Civil Veterinary Dept. Bombay admin report 1893-99 - 1893-1899
Year: 1893
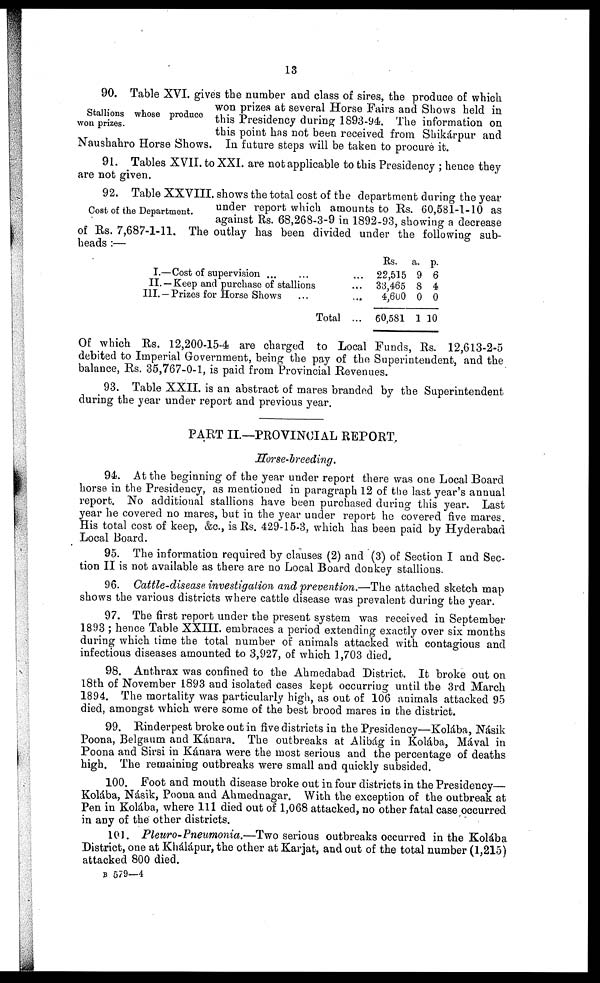
13
Stallions whose produce
won prizes.
90. Table XVI. gives the number and class of sires, the produce of which
won prizes at several Horse Fairs and Shows held in
this Presidency during 1893-94. The information on
this point has not been received from Shikárpur and
Naushahro Horse Shows. In future steps will be taken to procure it.
91. Tables XVII. to XXI. are not applicable to this Presidency; hence they
are not given.
Cost of the Department.
92. Table XXVIII. shows the total cost of the department during the year
under report which amounts to Rs. 60,581-1-10 as
against Rs. 68,268-3-9 in 1892-93, showing a decrease
of Rs. 7,687-1-11. The outlay has been divided under the following sub-
heads :—
I.—Cost of supervision ...
...
...
II. — Keep and purchase of stallions
...
III. — Prizes for Horse Shows
...
...
Total ...
Rs.
22,515
33,465
4,600
60,581
a.
9
8
0
1
p.
6
4
0
10
Of which Rs. 12,200-15-4 are charged to Local Funds, Rs. 12,613-2-5
debited to Imperial Government, being the pay of the Superintendent, and the
balance, Rs. 35,767-0-1, is paid from Provincial Revenues.
93. Table XXII. is an abstract of mares branded by the Superintendent
during the year under report and previous year.
PART II.—PROVINCIAL REPORT.
Horse-breeding.
94. At the beginning of the year under report there was one Local Board
horse in the Presidency, as mentioned in paragraph 12 of the last year's annual
report. No additional stallions have been purchased during this year. Last
year he covered no mares, but in the year under report he covered five mares.
His total cost of keep, &c., is Rs. 429-15-3, which has been paid by Hyderabad
Local Board.
95. The information required by clauses (2) and (3) of Section I and Sec-
tion II is not available as there are no Local Board donkey stallions.
96. Cattle-disease investigation and prevention.—The attached sketch map
shows the various districts where cattle disease was prevalent during the year.
97. The first report under the present system was received in September
1893; hence Table XXIII. embraces a period extending exactly over six months
during which time the total number of animals attacked with contagious and
infectious diseases amounted to 3,927, of which 1,703 died.
98. Anthrax was confined to the Ahmedabad District. It broke out on
18th of November 1893 and isolated cases kept occurring until the 3rd March
1894. The mortality was particularly high, as out of 106 animals attacked 95
died, amongst which were some of the best brood mares in the district.
99. Rinderpest broke out in five districts in the Presidency—Kolába, Násik
Poona, Belgaum and Kánara. The outbreaks at Alibág in Kolába, Mával in
Poona and Sirsi in Kánara were the most serious and the percentage of deaths
high. The remaining outbreaks were small and quickly subsided.
100. Foot and mouth disease broke out in four districts in the Presidency—
Kolába, Násik, Poona and Ahmednagar. With the exception of the outbreak at
Pen in Kolába, where 111 died out of 1,068 attacked, no other fatal case occurred
in any of the other districts.
101. Pleuro-Pneumonia.—Two
serious outbreaks occurred in the Kolába
District, one at Khálápur, the other at Karjat, and out of the total number (1,215)
attacked 800 died.
B 579—4